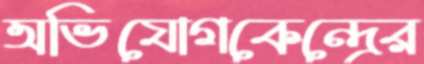
অভিযোগকেন্দ্রের